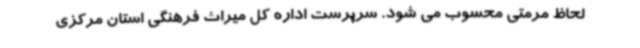
لحاظ مرمتی محسوب می شود. سرپرست اداره کل میراث فرهنگی استان مرکزی